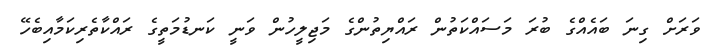
ވަރަށް ގިނަ ބައެއްގެ ބުރަ މަސައްކަތުން ރައްޔިތުންގެ މަޖިލީހުން ވަނީ ކަނޑުމަތީގެ ރައްކާތެރިކަމާއިބެހޭ